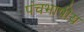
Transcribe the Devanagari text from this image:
पंचभाषीय